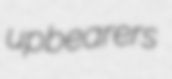
upbearers